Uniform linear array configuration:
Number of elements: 12
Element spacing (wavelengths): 0.25
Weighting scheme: cosine
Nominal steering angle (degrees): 60
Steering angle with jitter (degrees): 58.498
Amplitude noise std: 0.05
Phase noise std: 0.05

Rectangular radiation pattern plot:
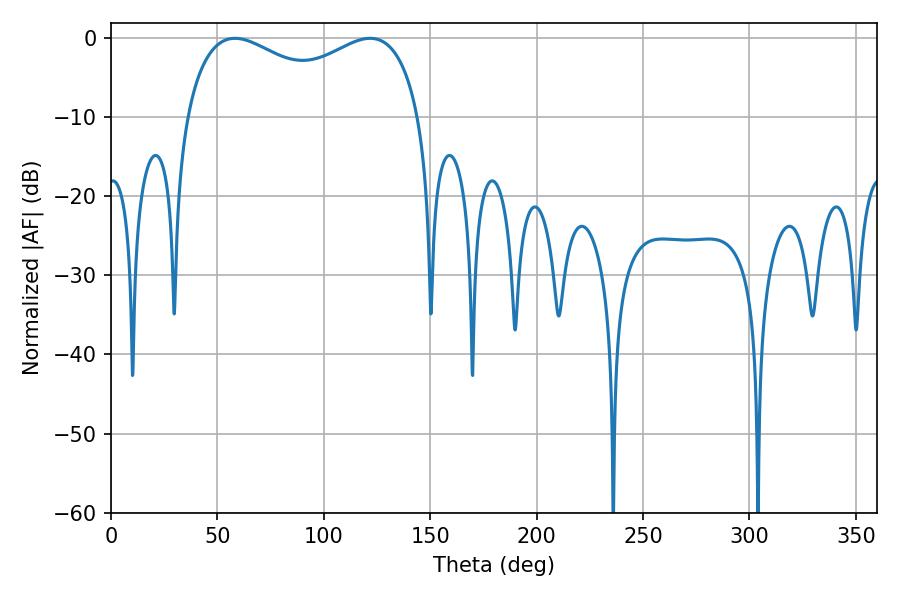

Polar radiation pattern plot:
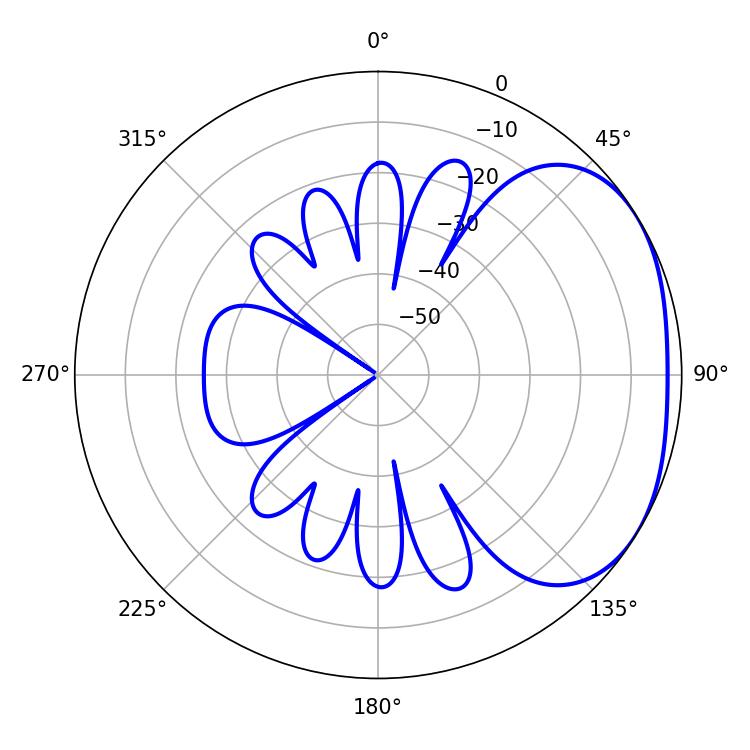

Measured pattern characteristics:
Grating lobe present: FALSE
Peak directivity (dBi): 2.441
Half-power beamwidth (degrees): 91.8
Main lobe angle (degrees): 58.32